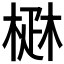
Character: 𤴜